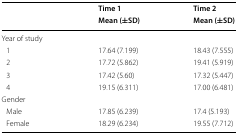
<table><thead><tr><td rowspan="2">[EMPTY_CELL]</td><td><b>Time 1</b></td><td><b>Time 2</b></td></tr><tr><td><b>Mean (±SD)</b></td><td><b>Mean (±SD)</b></td></tr></thead><tbody><tr><td colspan="3">Year of study</td></tr><tr><td> 1</td><td>17.64 (7.199)</td><td>18.43 (7.555)</td></tr><tr><td> 2</td><td>17.72 (5.862)</td><td>19.41 (5.919)</td></tr><tr><td> 3</td><td>17.42 (5.60)</td><td>17.32 (5.447)</td></tr><tr><td> 4</td><td>19.15 (6.311)</td><td>17.00 (6.481)</td></tr><tr><td colspan="3">Gender</td></tr><tr><td> Male</td><td>17.85 (6.239)</td><td>17.4 (5.193)</td></tr><tr><td> Female</td><td>18.29 (6.234)</td><td>19.55 (7.712)</td></tr></tbody></table>